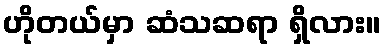
ဟိုတယ်မှာ ဆံသဆရာ ရှိလား။